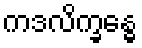
ကဒလိက္ခန္ဓေ